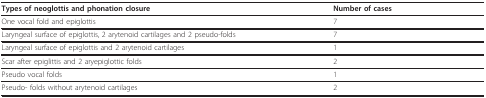
<table><thead><tr><td><b>Types of neoglottis and phonation closure</b></td><td><b>Number of cases</b></td></tr></thead><tbody><tr><td>One vocal fold and epiglottis</td><td>7</td></tr><tr><td>Laryngeal surface of epiglottis, 2 arytenoid cartilages and 2 pseudo-folds</td><td>7</td></tr><tr><td>Laryngeal surface of epiglottis and 2 arytenoid cartilages</td><td>1</td></tr><tr><td>Scar after epiglittis and 2 aryepiglottic folds</td><td>2</td></tr><tr><td>Pseudo vocal folds</td><td>1</td></tr><tr><td>Pseudo- folds without arytenoid cartilages</td><td>2</td></tr></tbody></table>